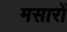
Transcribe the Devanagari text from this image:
मसारों